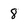
Character: 8